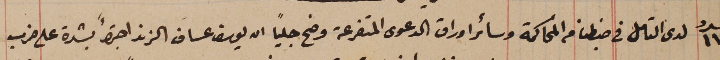
عدد ١١٩ لدى التامل في ضبطنا من المحاكمة وسائر اوراق الدعوى المتفرعة وضح جلياً ان يوسف عساف الزند اجترأَ بشدة على ضرب